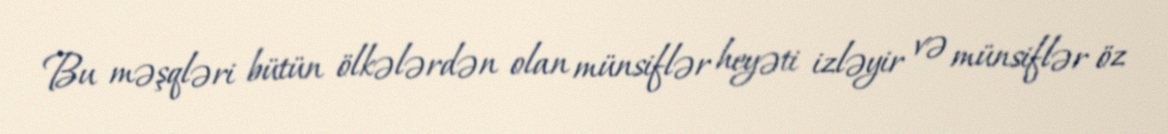
Bu məşqləri bütün ölkələrdən olan münsiflər heyəti izləyir və münsiflər öz